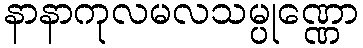
နာနာကုလမလသမ္ပုဏ္ဏော